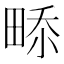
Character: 𤲎